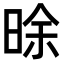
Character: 𣇞